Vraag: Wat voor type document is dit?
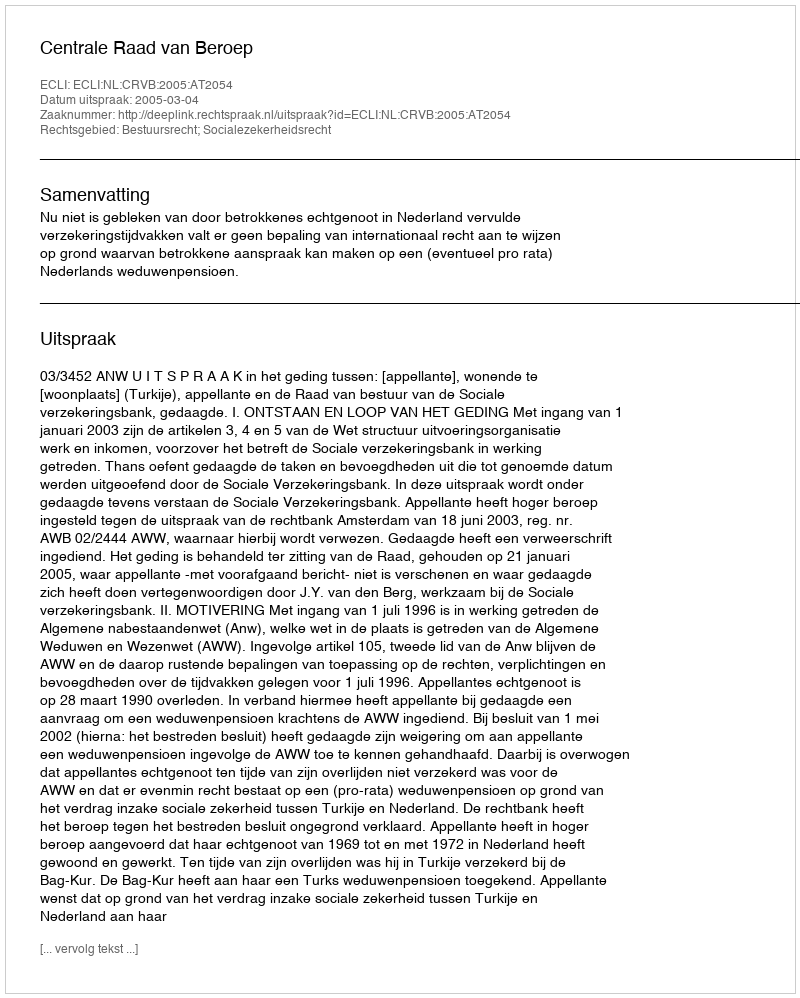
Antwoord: Uitspraak